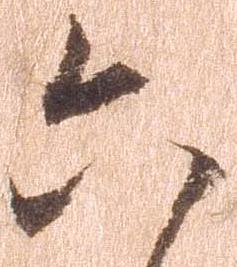
六